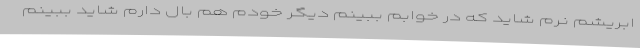
ابریشم نرم شاید که در خوابم ببینم دیگر خودم هم بال دارم شاید ببینم